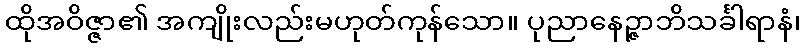
ထိုအဝိဇ္ဇာ၏ အကျိုးလည်းမဟုတ်ကုန်သော။ ပုညာနေဉ္ဇာဘိသင်္ခါရာနံ၊